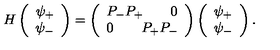
H \left( \begin{array} { c } { \psi _ { + } } \\ { \psi _ { - } } \\ \end{array} \right) = \left( \begin{array} { c } { P _ { - } P _ { + } \qquad 0 } \\ { 0 \qquad P _ { + } P _ { - } } \\ \end{array} \right) \left( \begin{array} { c } { \psi _ { + } } \\ { \psi _ { - } } \\ \end{array} \right) .